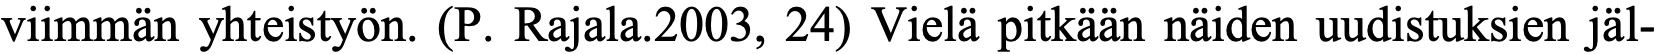
viimmän yhteistyön. (P. Rajala.2003, 24) Vielä pitkään näiden uudistuksien jäl-